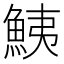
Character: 鮧